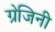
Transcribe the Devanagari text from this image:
ग्रेजिनी